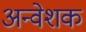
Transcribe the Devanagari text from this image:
अन्वेशक